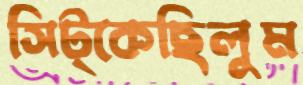
সিট্‌কেছিলুম